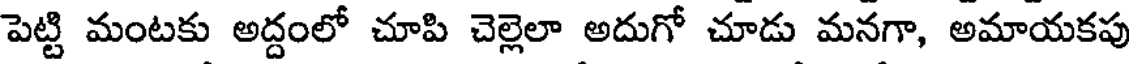
పెట్టి మంటకు అద్దంలో చూపి చెల్లెలా అదుగో చూడు మనగా, అమాయకపు